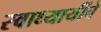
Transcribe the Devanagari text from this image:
स्वाध्यायींचे